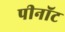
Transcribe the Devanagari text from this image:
पीनॉट